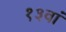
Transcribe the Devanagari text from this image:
१३वां